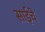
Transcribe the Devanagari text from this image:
साईचे